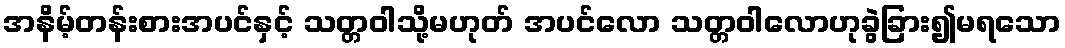
အနိမ့်တန်းစားအပင်နှင့် သတ္တဝါသို့မဟုတ် အပင်လော သတ္တဝါလောဟုခွဲခြား၍မရသော